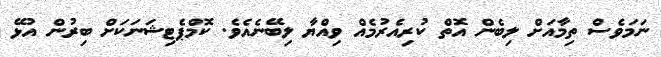
ނަމަވެސް ތިިމާއަށް ލިބެން އޮތް ކުރިއެރުމެއް ވިއްޔާ ލިބޭނެއެވެ. ކޮމްޕެޓިޝަނަކަށް ބިރުން އުޅޭ